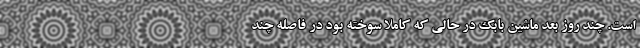
است. چند روز بعد ماشین بابک در حالی که کاملاً سوخته بود در فاصله چند